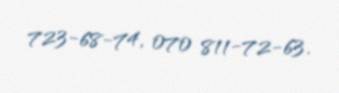
723-68-74, 070 811-72-63.